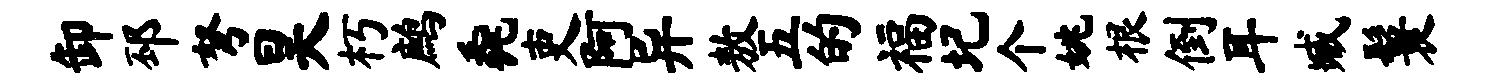
卸邳弩昊朽鹧毳吏阿异敖五的福圮个姚根倒耳臧鬟